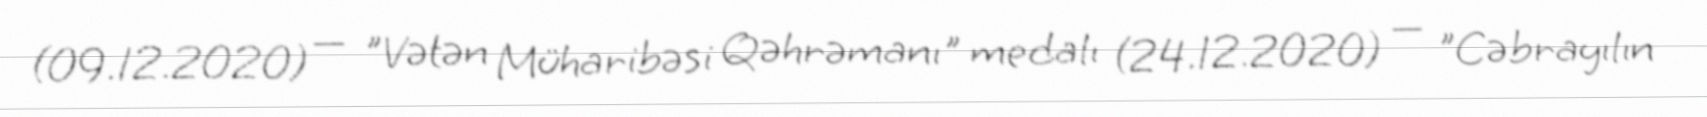
(09.12.2020) — "Vətən Müharibəsi Qəhrəmanı" medalı (24.12.2020) — "Cəbrayılın